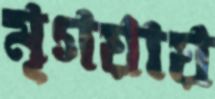
মৃগয়ায়